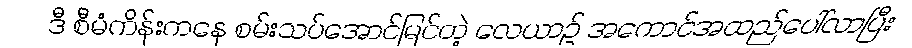
ဒီ စီမံကိန်းကနေ စမ်းသပ်အောင်မြင်တဲ့ လေယာဉ် အကောင်အထည်ပေါ်လာပြီး